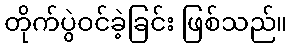
တိုက်ပွဲဝင်ခဲ့ခြင်း ဖြစ်သည်။